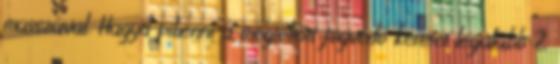
masszával. Hagyd pihenni a megtöltött fogvédő keretet legalább 2